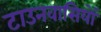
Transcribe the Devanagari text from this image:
टाउनवासियों